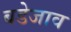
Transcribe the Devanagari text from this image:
बडेजाव